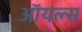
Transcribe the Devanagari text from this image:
ऑयल्स